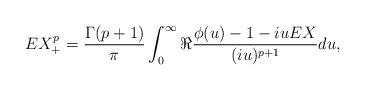
LaTeX: \begin{align*}E X_+^p = \frac{\Gamma(p+1)}{\pi} \int_0^\infty \Re \frac{\phi(u)-1-i u EX}{(iu)^{p+1}} du,\end{align*}